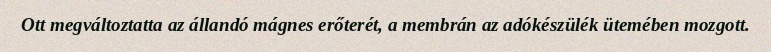
Ott megváltoztatta az állandó mágnes erőterét, a membrán az adókészülék ütemében mozgott.